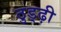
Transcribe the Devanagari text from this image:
ठुड्ढ़ी